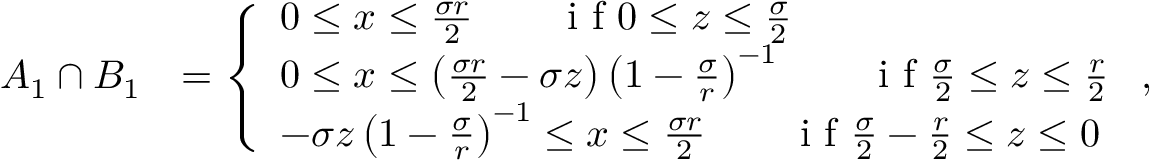
\begin{array} { r l } { A _ { 1 } \cap B _ { 1 } } & { = \left\{ \begin{array} { l l } { 0 \leq x \leq \frac { \sigma r } { 2 } \qquad \textrm { i f } 0 \leq z \leq \frac { \sigma } { 2 } } \\ { 0 \leq x \leq \left( \frac { \sigma r } { 2 } - \sigma z \right) \left( 1 - \frac { \sigma } { r } \right) ^ { - 1 } \qquad \textrm { i f } \frac { \sigma } { 2 } \leq z \leq \frac { r } { 2 } } \\ { - \sigma z \left( 1 - \frac { \sigma } { r } \right) ^ { - 1 } \leq x \leq \frac { \sigma r } { 2 } \qquad \textrm { i f } \frac { \sigma } { 2 } - \frac { r } { 2 } \leq z \leq 0 } \end{array} \right. , } \end{array}